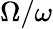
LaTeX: \Omega/\omega